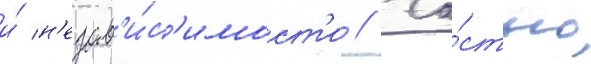
и́ н'езав'и́с'имост'и // Ча́стью